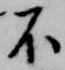
不